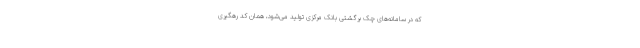
که در سامانه‌های چک برگشتی بانک مرکزی تولید می‌شود، همان کد رهگیری